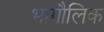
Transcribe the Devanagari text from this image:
भागौलिक